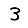
Digit: 3